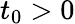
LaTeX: t_{\mathrm{0}}>0